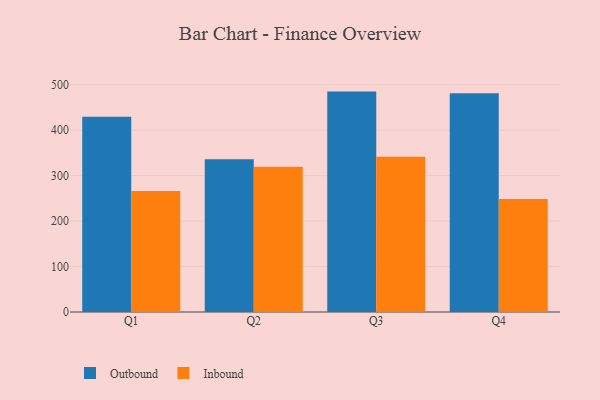
{"axis": {"x": "Quarter", "y": "Latency (ms)"}, "legend": ["Inbound", "Outbound"], "data": [{"x": "Q1", "y": 429.9, "type": "Outbound"}, {"x": "Q1", "y": 266.2, "type": "Inbound"}, {"x": "Q2", "y": 336.4, "type": "Outbound"}, {"x": "Q2", "y": 319.7, "type": "Inbound"}, {"x": "Q3", "y": 485.0, "type": "Outbound"}, {"x": "Q3", "y": 341.8, "type": "Inbound"}, {"x": "Q4", "y": 481.6, "type": "Outbound"}, {"x": "Q4", "y": 248.9, "type": "Inbound"}]}